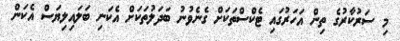
މި ސަރުކާރުގެ ތިން އަހަރުގައި ޓެކްސްތަކަށް ގެނެވުނު ބަދަލުތަކަށް އެކަނި ބަލައިލިޔަސް އެކަން